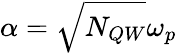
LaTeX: \alpha=\sqrt{N_{QW}}\omega_{p}